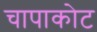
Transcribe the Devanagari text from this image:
चापाकोट